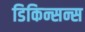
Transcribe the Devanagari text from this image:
डिकिन्सन्स